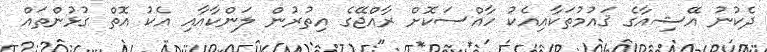
ދެކުނު އޭޝިއާގެ ޤައުމުތަކާއިއެކު ހާއްސަކޮށް ރާއްޖޭގެ އިތުރުން ލަންކާއާއި އެކު އޮތް ގުޅުންތައް